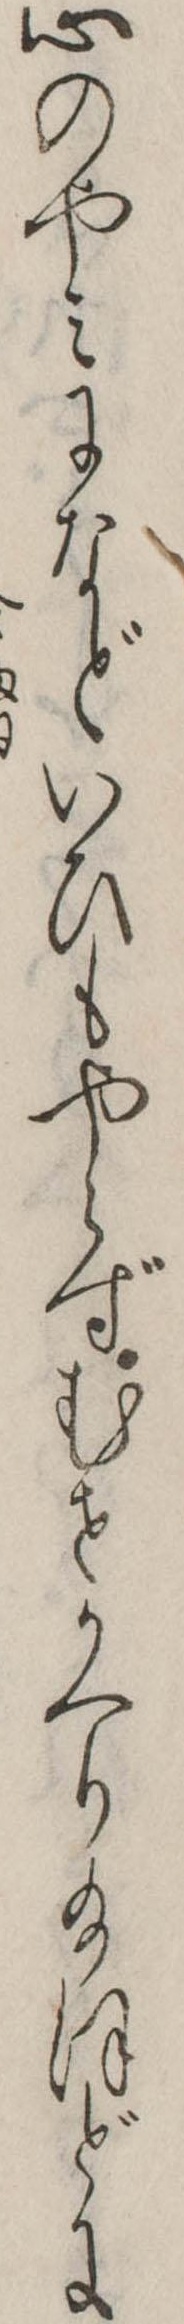
心のやみになどいひもやらずむせかへり給ほどに